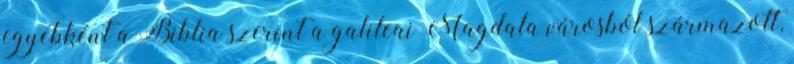
egyébként a Biblia szerint a galileai Magdala városból származott,